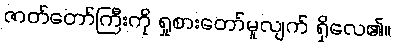
ဇာတ်တော်ကြီးကို ရှုစားတော်မူလျက် ရှိလေ၏။